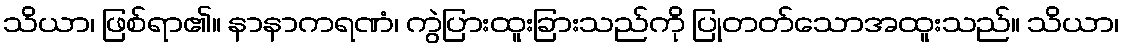
သိယာ၊ ဖြစ်ရာ၏။ နာနာကရဏံ၊ ကွဲပြားထူးခြားသည်ကို ပြုတတ်သောအထူးသည်။ သိယာ၊